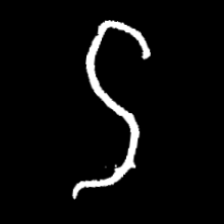
Pyu character \u2014 Myanmar letter: ဌ (romanized: ttha)